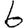
Digit: 6